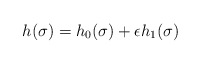
\begin{align*}h(\sigma) = h_0(\sigma) + \epsilon h_1(\sigma)\end{align*}